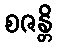
စဇန္တိ